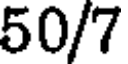
50/7